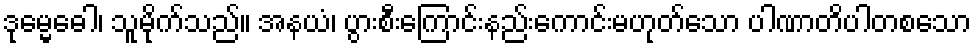
ဒုမ္မေဓေါ၊ သူမိုက်သည်။ အနယံ၊ ပွားစီးကြောင်းနည်းကောင်းမဟုတ်သော ပါဏာတိပါတစသော